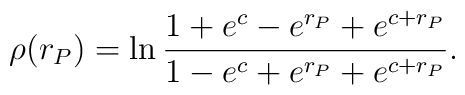
\rho(r_P) = \ln\frac{1+e^c-e^{r_P}+e^{c+r_P}}{1-e^c+e^{r_P}+e^{c+r_P}}.